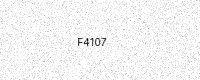
Text: F4107